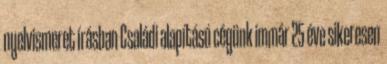
nyelvismeret írásban Családi alapítású cégünk immár 25 éve sikeresen